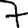
Digit: 7